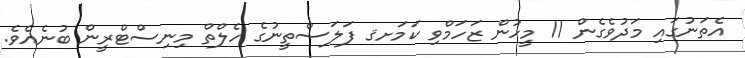
އެތަނުގައި މަދުވެގެން 11 މީހުން ޒަހަމްވި ކަމަށޤ ފަލަސްތީނުގެ ހެލްތް މިނިސްޓްރީން ބުނެއެވެ.